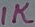
Text: 1K